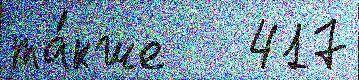
та́кже   417